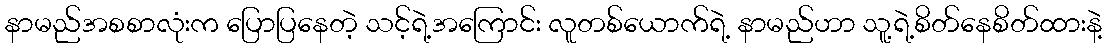
နာမည်အစစာလုံးက ပြောပြနေတဲ့ သင့်ရဲ့အကြောင်း လူတစ်ယောက်ရဲ့ နာမည်ဟာ သူ့ရဲ့စိတ်နေစိတ်ထားနဲ့